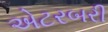
એટરબરી